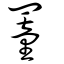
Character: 罿